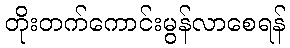
တိုးတက်ကောင်းမွန်လာစေရန်